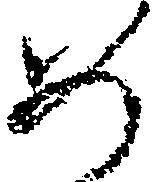
め